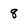
Character: 8